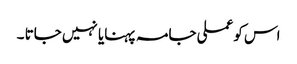
اس کو عملی جامہ پہنایا نہیں جاتا ۔